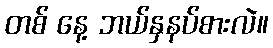
တစ် နေ့ ဘယ်နှနပ်စားလဲ။